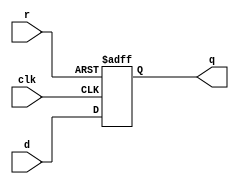
//23MRE004 d flip-flop for sync reset with negedge clk

module exp6_2(d,r,q,clk);
input d,r,clk;
output reg q;
always @(negedge clk or posedge r)
begin
if(r==1)
q<=1'b0;
else
q<=d;
end
endmodule